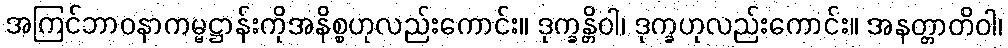
အကြင်ဘာဝနာကမ္မဋ္ဌာန်းကိုအနိစ္စဟုလည်းကောင်း။ ဒုက္ခန္တိဝါ၊ ဒုက္ခဟုလည်းကောင်း။ အနတ္တာတိဝါ၊